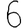
Digit: 6